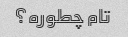
تام چطوره؟